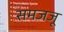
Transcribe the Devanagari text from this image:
समजजू